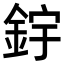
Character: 𨦦